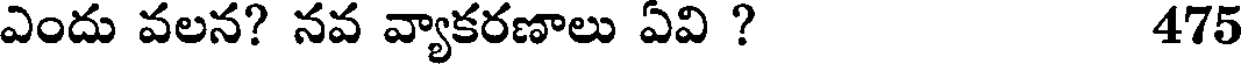
ఎందు వలన? నవ వ్యాకరణాలు ఏవి ? 475